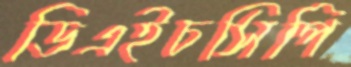
ডিএইচসিপি